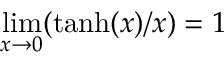
\operatorname* { l i m } _ { x \rightarrow 0 } ( \operatorname { t a n h } ( x ) / x ) = 1